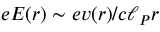
e E ( r ) \sim e v ( r ) / c \ell _ { P } r